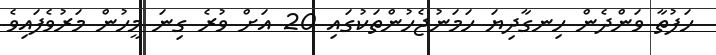
ހަފުތާ ވަންދެން ހިނގާދިޔަ ހަމަނުޖެހުންތަކުގައި 20 އަށް ވުރެ ގިނަ މީހުން މަރުވެފައިވެ